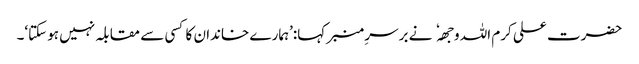
حضرت علی کرم اللہ وجھہ نے برسرِ منبر کہا:’ہمارے خاندان کا کسی سے مقابلہ نہیں ہوسکتا‘۔